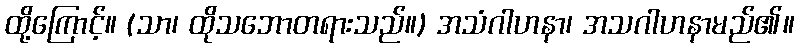
ထို့ကြောင့်။ (သာ၊ ထိုသဘောတရားသည်။) အသံဂါဟနာ၊ အသဂါဟနာမည်၏။